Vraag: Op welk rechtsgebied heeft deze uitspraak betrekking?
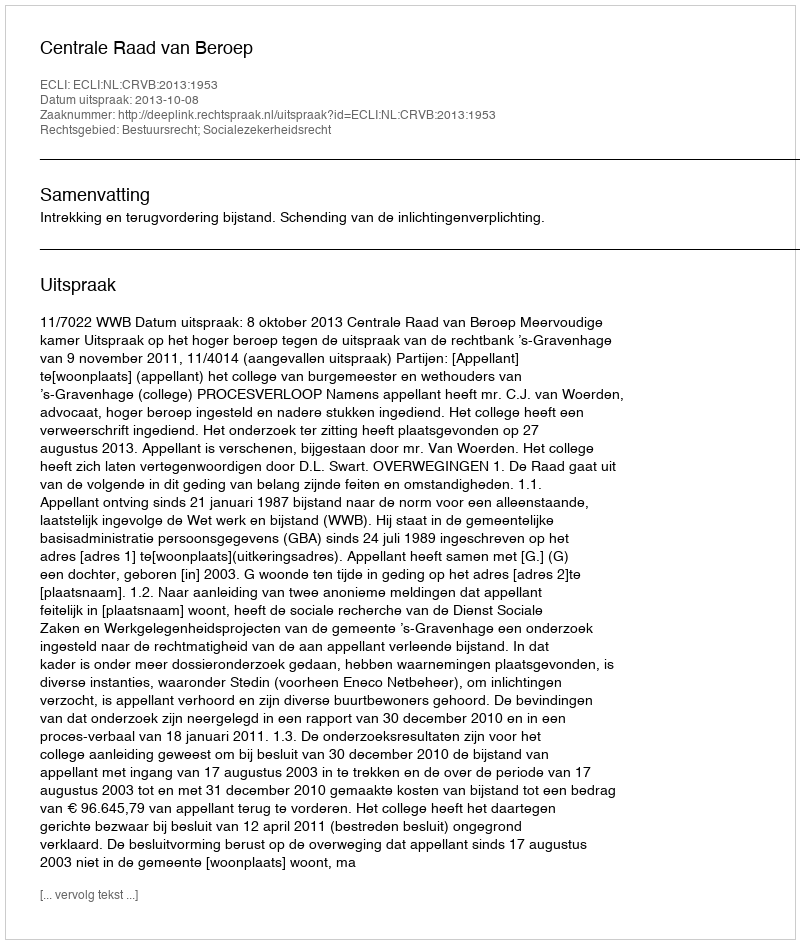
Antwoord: Bestuursrecht; Socialezekerheidsrecht